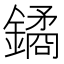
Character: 鐍